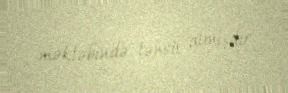
məktəbində təhsil almışdır.